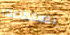
باستطاعتنا